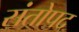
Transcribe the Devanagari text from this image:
संतोपद